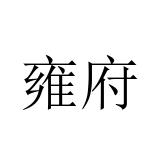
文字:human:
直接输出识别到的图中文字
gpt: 雍府